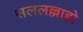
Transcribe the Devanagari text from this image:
सललल्लाहो